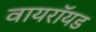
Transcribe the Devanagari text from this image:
वायरॉयड